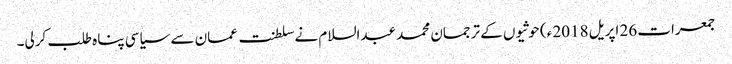
جمعرات 26 اپریل 2018 ء) حوثیوں کے ترجمان محمد عبدالسلام نے سلطنت عمان سے سیاسی پناہ طلب کرلی۔